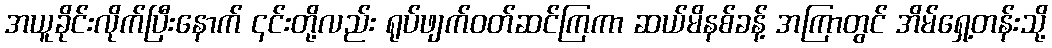
အယူခိုင်းလိုက်ပြီးနောက် ၎င်းတို့လည်း ရုပ်ဖျက်ဝတ်ဆင်ကြကာ ဆယ်မိနစ်ခန့် အကြာတွင် အိမ်ရှေ့တန်းသို့